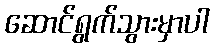
ဆောင်ရွက်သွားမှာပါ